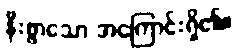
နီးစွာသော အကြောင်းရှိ၏။